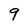
Character: 9